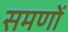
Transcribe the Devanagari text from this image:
समणों